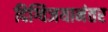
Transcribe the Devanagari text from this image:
दिग्विजयानंतर